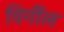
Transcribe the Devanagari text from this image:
विर्गील